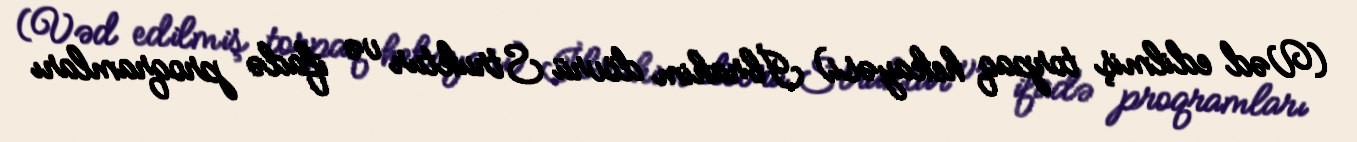
(Vəd edilmiş torpaq hekayəsi) İbrahim dövrü Struktur və ifadə proqramları